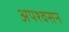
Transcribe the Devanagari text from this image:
अपश्वसन